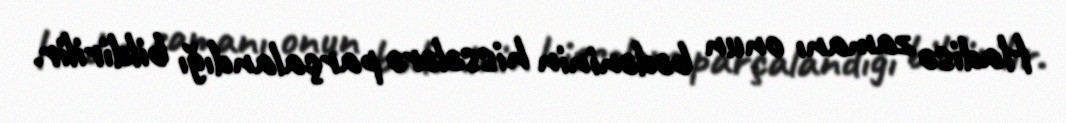
Hadisə zamanı onun bədəninin hissələrə parçalandığı bildirilir.